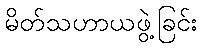
မိတ်သဟာယဖွဲ့ခြင်း